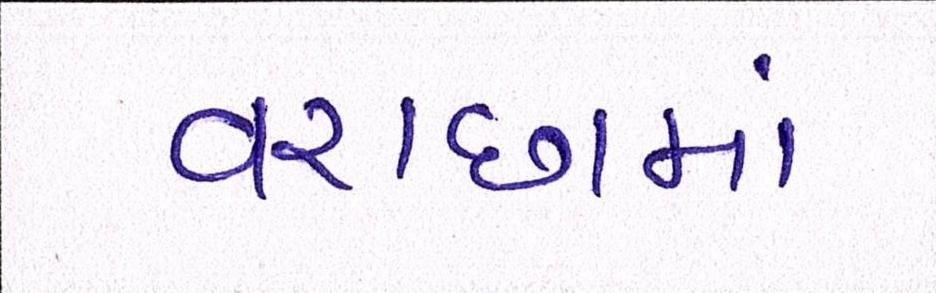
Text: વરાછામાં